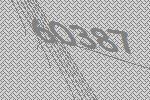
60387